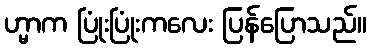
ဟ္မာက ပြုံးပြုံးကလေး ပြန်ပြောသည်။